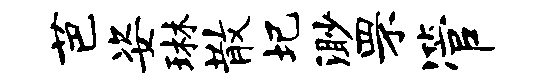
芭姿琳散圯渺罘管